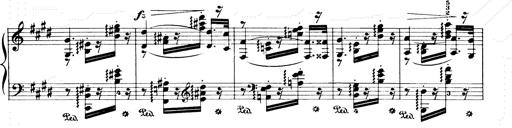
Title: Consolations and LiebestrÃ¤ume for the Piano
Composer: Franz Liszt